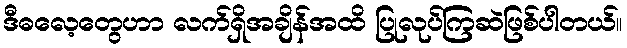
ဒီဓလေ့တွေဟာ လက်ရှိအချိန်အထိ ပြုလုပ်ကြဆဲဖြစ်ပါတယ်။